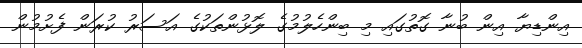
އިންޑިޔާ އިން ބުނާ ގޮތުގައި މި ބިންހެލުމުގެ ލޮޅުންތަކުގެ އަސަރު ކުރަން ފެށުމުން